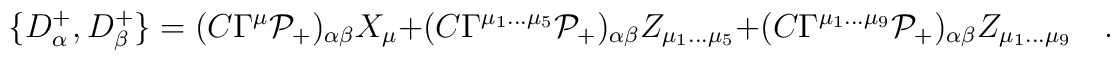
\{D_\alpha^+,D_\beta^+\}=(C\Gamma^\mu \mathcal{P}_+)_{\alpha\beta} X_\mu+ (C\Gamma^{\mu_1\dots \mu_5} \mathcal{P}_+)_{\alpha\beta} Z_{\mu_1\dots \mu_5}+ (C\Gamma^{\mu_1\dots \mu_9} \mathcal{P}_+)_{\alpha\beta} Z_{\mu_1\dots \mu_9} \quad.